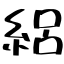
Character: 絽